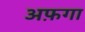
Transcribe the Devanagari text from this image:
अफ़गा